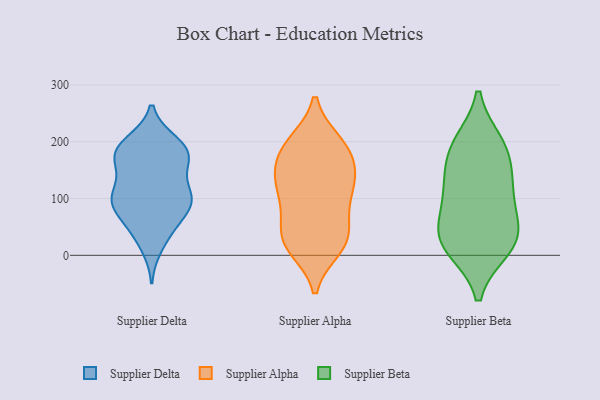
{"axis": {"x": "Page Views", "y": "Value"}, "legend": ["Supplier Alpha", "Supplier Beta", "Supplier Delta"], "data": [{"x": "", "y": 87, "type": "Supplier Delta"}, {"x": "", "y": 199, "type": "Supplier Delta"}, {"x": "", "y": 101, "type": "Supplier Delta"}, {"x": "", "y": 188, "type": "Supplier Delta"}, {"x": "", "y": 40, "type": "Supplier Delta"}, {"x": "", "y": 16, "type": "Supplier Delta"}, {"x": "", "y": 177, "type": "Supplier Delta"}, {"x": "", "y": 101, "type": "Supplier Delta"}, {"x": "", "y": 106, "type": "Supplier Delta"}, {"x": "", "y": 165, "type": "Supplier Delta"}, {"x": "", "y": 100, "type": "Supplier Delta"}, {"x": "", "y": 68, "type": "Supplier Delta"}, {"x": "", "y": 52, "type": "Supplier Delta"}, {"x": "", "y": 171, "type": "Supplier Delta"}, {"x": "", "y": 95, "type": "Supplier Delta"}, {"x": "", "y": 174, "type": "Supplier Delta"}, {"x": "", "y": 101, "type": "Supplier Delta"}, {"x": "", "y": 198, "type": "Supplier Delta"}, {"x": "", "y": 179, "type": "Supplier Delta"}, {"x": "", "y": 137, "type": "Supplier Delta"}, {"x": "", "y": 73, "type": "Supplier Alpha"}, {"x": "", "y": 129, "type": "Supplier Alpha"}, {"x": "", "y": 24, "type": "Supplier Alpha"}, {"x": "", "y": 199, "type": "Supplier Alpha"}, {"x": "", "y": 163, "type": "Supplier Alpha"}, {"x": "", "y": 124, "type": "Supplier Alpha"}, {"x": "", "y": 99, "type": "Supplier Alpha"}, {"x": "", "y": 23, "type": "Supplier Alpha"}, {"x": "", "y": 22, "type": "Supplier Alpha"}, {"x": "", "y": 13, "type": "Supplier Alpha"}, {"x": "", "y": 142, "type": "Supplier Alpha"}, {"x": "", "y": 147, "type": "Supplier Alpha"}, {"x": "", "y": 193, "type": "Supplier Alpha"}, {"x": "", "y": 112, "type": "Supplier Alpha"}, {"x": "", "y": 190, "type": "Supplier Alpha"}, {"x": "", "y": 61, "type": "Supplier Alpha"}, {"x": "", "y": 193, "type": "Supplier Alpha"}, {"x": "", "y": 29, "type": "Supplier Alpha"}, {"x": "", "y": 186, "type": "Supplier Beta"}, {"x": "", "y": 113, "type": "Supplier Beta"}, {"x": "", "y": 15, "type": "Supplier Beta"}, {"x": "", "y": 44, "type": "Supplier Beta"}, {"x": "", "y": 110, "type": "Supplier Beta"}, {"x": "", "y": 125, "type": "Supplier Beta"}, {"x": "", "y": 43, "type": "Supplier Beta"}, {"x": "", "y": 13, "type": "Supplier Beta"}, {"x": "", "y": 183, "type": "Supplier Beta"}, {"x": "", "y": 196, "type": "Supplier Beta"}, {"x": "", "y": 35, "type": "Supplier Beta"}]}